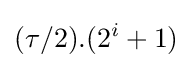
(\tau /2).(2^{i}+1)